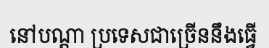
នៅបណ្តា ប្រទេសជាច្រើននឹងធ្វើ